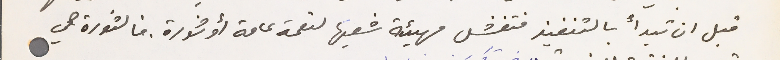
قبل ان تبدأ بالتنفيذ فتفشل مهيئة شعبها لنقمة عامة أو ثورة. فالثورة هي